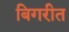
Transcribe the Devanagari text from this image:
बिगरीत